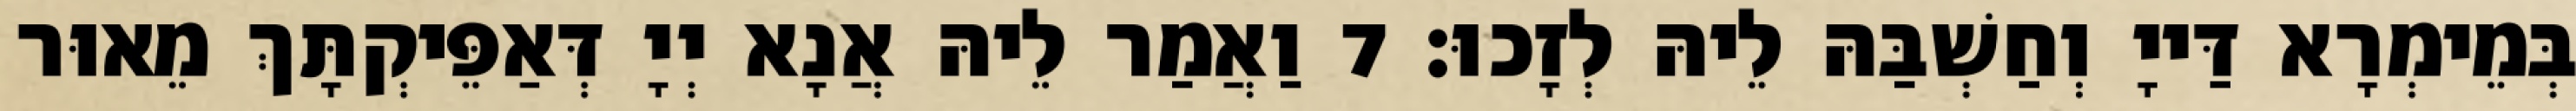
בְּמֵימְרָא דַּייָ וְחַשְׁבַּהּ לֵיהּ לְזָכוּ׃ 7 וַאֲמַר לֵיהּ אֲנָא יְיָ דְּאַפֵּיקְתָּךְ מֵאוּר